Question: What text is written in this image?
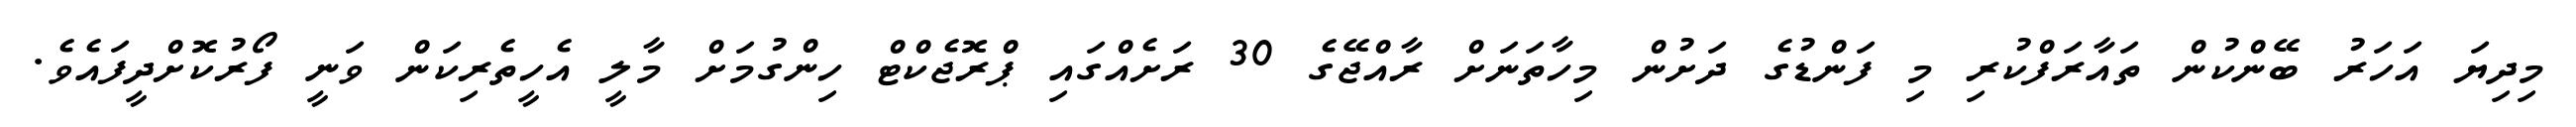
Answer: މިދިޔަ އަހަރު ބޭންކުން ތައާރަފްކުރި މި ފަންޑުގެ ދަށުން މިހާތަނަށް ރާއްޖޭގެ 30 ރަށެއްގައި ޕްރޮޖެކްޓް ހިންގުމަށް މާލީ އެހީތެރިކަން ވަނީ ފޯރުކޮށްދީފައެވެ.